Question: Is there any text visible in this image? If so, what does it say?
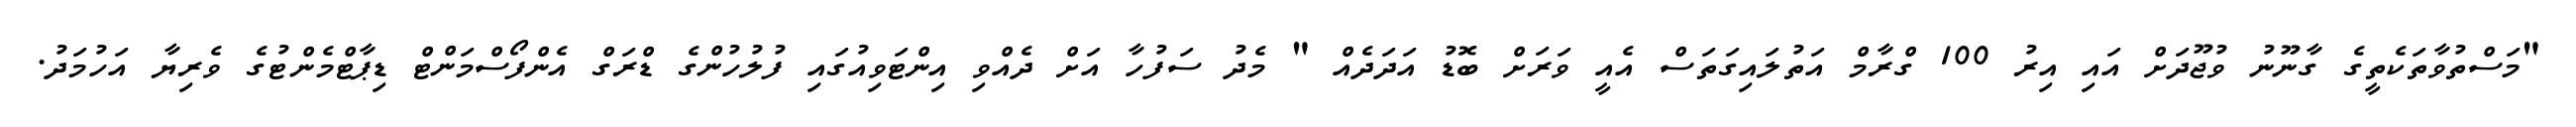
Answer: "މަސްތުވާތަކެތީގެ ގާނޫނު ވުޖޫދަށް އައި އިރު 100 ގްރާމް އަތުލައިގަތަސް އެއީ ވަރަށް ބޮޑު އަދަދެއް " މެދު ސަފުހާ އަށް ދެއްވި އިންޓަވިއުގައި ފުލުހުންގެ ޑްރަގް އެންފޯސްމަންޓް ޑިޕާޓްމެންޓުގެ ވެރިޔާ އަހުމަދު.